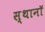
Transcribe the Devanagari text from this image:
स्थानॉ